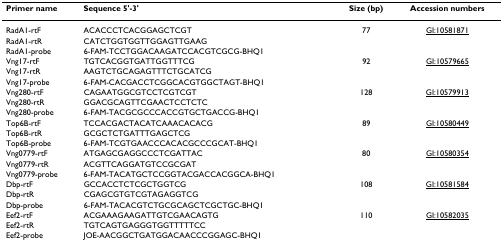
<table><thead><tr><td><b>Primer name</b></td><td><b>Sequence 5&#x27;-3&#x27;</b></td><td><b>Size (bp)</b></td><td><b>Accession numbers</b></td></tr></thead><tbody><tr><td>RadA1-rtF</td><td>ACACCCTCACGGAGCTCGT</td><td>77</td><td>GI:10581871</td></tr><tr><td>RadA1-rtR</td><td>CATCTGGTGGTTGGAGTTGAAG</td><td></td><td></td></tr><tr><td>RadA1-probe</td><td>6-FAM-TCCTGGACAAGATCCACGTCGCG-BHQ1</td><td></td><td></td></tr><tr><td>Vng17-rtF</td><td>TGTCACGGTGATTGGTTTCG</td><td>92</td><td>GI:10579665</td></tr><tr><td>Vng17-rtR</td><td>AAGTCTGCAGAGTTTCTGCATCG</td><td></td><td></td></tr><tr><td>Vng17-probe</td><td>6-FAM-CACGACCTCGGCACGTGGCTAGT-BHQ1</td><td></td><td></td></tr><tr><td>Vng280-rtF</td><td>CAGAATGGCGTCCTCGTCGT</td><td>128</td><td>GI:10579913</td></tr><tr><td>Vng280-rtR</td><td>GGACGCAGTTCGAACTCCTCTC</td><td></td><td></td></tr><tr><td>Vng280-probe</td><td>6-FAM-TACGCGCCCACCGTGCTGACCG-BHQ1</td><td></td><td></td></tr><tr><td>Top6B-rtF</td><td>TCCACGACTACATCAAACACACG</td><td>89</td><td>GI:10580449</td></tr><tr><td>Top6B-rtR</td><td>GCGCTCTGATTTGAGCTCG</td><td></td><td></td></tr><tr><td>Top6B-probe</td><td>6-FAM-TCGTGAACCCACACGCCCGCAT-BHQ1</td><td></td><td></td></tr><tr><td>Vng0779-rtF</td><td>ATGAGCGAGGCCCTCGATTAC</td><td>80</td><td>GI:10580354</td></tr><tr><td>Vng0779-rtR</td><td>ACGTTCAGGATGTCCGCGAT</td><td></td><td></td></tr><tr><td>Vng0779-probe</td><td>6-FAM-TACATGCTCCGGTACGACCACGGCA-BHQ1</td><td></td><td></td></tr><tr><td>Dbp-rtF</td><td>GCCACCTCTCGCTGGTCG</td><td>108</td><td>GI:10581584</td></tr><tr><td>Dbp-rtR</td><td>CGAGCGTGTCGTAGAGGTCG</td><td></td><td></td></tr><tr><td>Dbp-probe</td><td>6-FAM-TACACGTCTGCGCAGCTCGCTGC-BHQ1</td><td></td><td></td></tr><tr><td>Eef2-rtF</td><td>ACGAAAGAAGATTGTCGAACAGTG</td><td>110</td><td>GI:10582035</td></tr><tr><td>Eef2-rtR</td><td>TGTCAGTGAGGGTGGTTTTTCC</td><td></td><td></td></tr><tr><td>Eef2-probe</td><td>JOE-AACGGCTGATGGACAACCCGGAGC-BHQ1</td><td></td><td></td></tr></tbody></table>